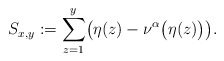
\begin{align*}S_{x,y}:=\sum_{z=1}^y \bigl(\eta(z)- \nu^{\alpha}\bigl(\eta(z)\bigr) \bigr).\end{align*}